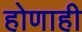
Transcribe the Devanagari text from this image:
होणाही